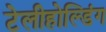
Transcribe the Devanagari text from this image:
टेलीहोल्डिंग